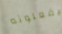
يفعلونه